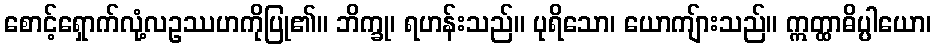
စောင့်ရှောက်လုံ့လဥဿဟကိုပြု၏။ ဘိက္ခု၊ ရဟန်းသည်။ ပုရိသော၊ ယောကျ်ားသည်။ ဣတ္ထာဓိပ္ပါယော၊